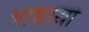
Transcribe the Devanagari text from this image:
भाषाया